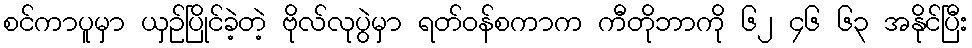
စင်ကာပူမှာ ယှဉ်ပြိုင်ခဲ့တဲ့ ဗိုလ်လုပွဲမှာ ရတ်ဝန်စကာက ကီတိုဘာကို ၆၂ ၄၆ ၆၃ အနိုင်ပြီး